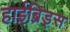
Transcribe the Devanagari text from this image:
हाईब्रिड्स